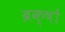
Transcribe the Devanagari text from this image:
ब्रक्षों